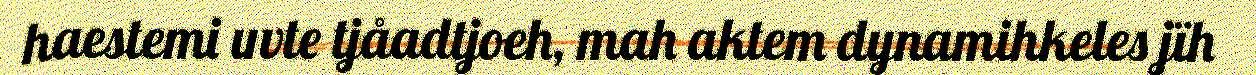
haestemi uvte tjåadtjoeh, mah aktem dynamihkeles jïh